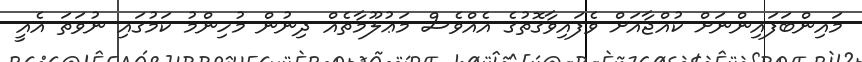
މައިންބަފައިންނަށް ކުއްޖާއަށް ވެފައިވާގޮތުގެ އެއްވެސް މަޢުލޫމާތެއް ދިނުން މުހިންމު ކަމުގައި ނުވަތަ އެއީ